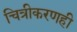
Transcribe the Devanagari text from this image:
चित्रीकरणही